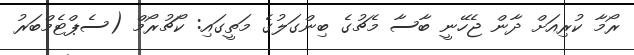
ރޯމާ ކުރިއަށް ދާން ޖެހޭނީ ބާސާ މެޗުގެ ބިންގަލުގެ މަތީގައި: ކޯޗުރޯމް (ސެޕްޓެމްބަރު